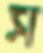
স